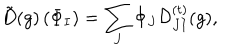
{ \tilde { D } } ( g ) \left( \Phi _ { I } \right) = \sum _ { J } \Phi _ { J } { \cal D } _ { J I } ^ { ( t ) } ( g ) ,